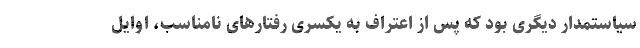
سیاستمدار دیگری بود که پس از اعتراف به یکسری رفتارهای نامناسب، اوایل